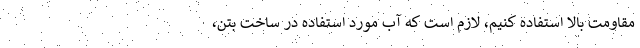
مقاومت بالا استفاده کنیم، لازم است که آب مورد استفاده در ساخت بتن،